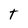
Character: T